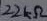
Text: 22kΩ